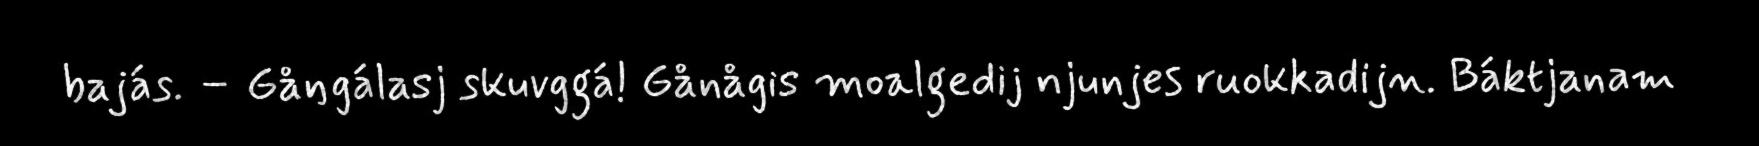
bajás. – Gåŋgálasj skuvggá! Gånågis moalgedij njunjes ruokkadijn. Báktjanam